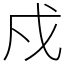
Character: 戍